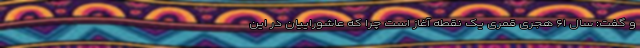
و گفت: سال ۶۱ هجری قمری یک نقطه آغاز است چرا که عاشوراییان در این